Supplement to the account of plague administration in the Bombay Presidency from September 1896 till May 1897
Year: 1896
Disease focus: Plague
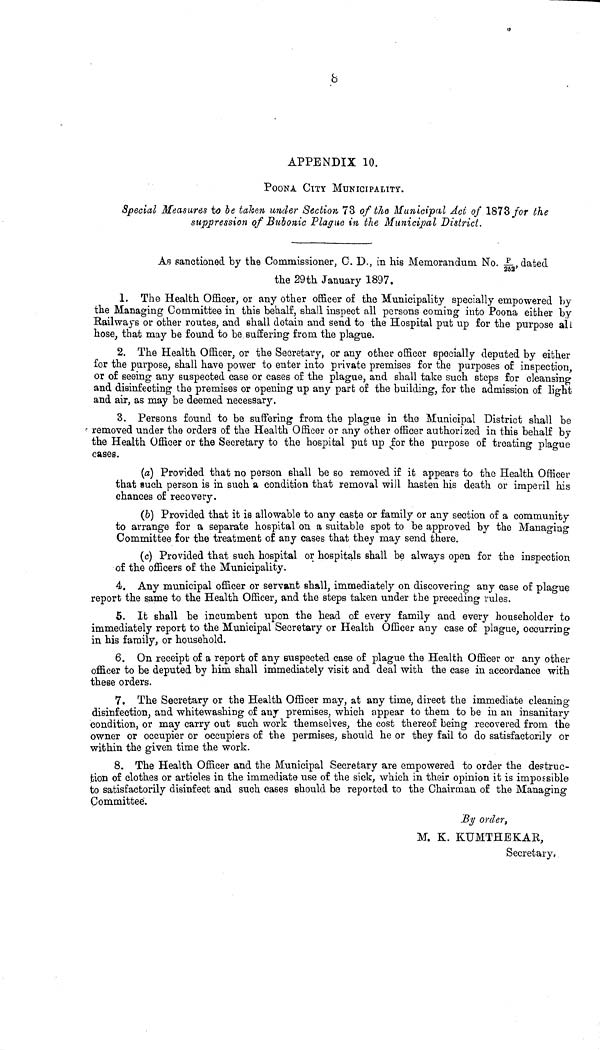
8
APPENDIX 10.
PUGNA CITY MUNICIPALITY.
Special Measures to be taken under Section 73 of the Municipal Act of 1878 for the
suppression of Bubonic Plague in the Municipal District.
AR sanctioned by the Commissioner, C. D., in his Memorandum No. P/252, dated
the 29th January 1897.
1. The Health Officer, or any other officer of the Municipality specially empowered by
the Managing Committee in this behalf, shall inspect all persons coming into Poona either by
Railways or other routes, and shall detain and send to the Hospital put up for the purpose all
hose, that may be found to be suffering from the plague.
2. The Health Officer, or the Secretary, or any other officer specially deputed by either
for the purpose, shall have power to enter into private premises for the purposes of inspection,
or of seeing any suspected case or cases of the plague, and shall take such steps for cleansing
and disinfecting the premises or opening up any part of the building, for the admission of light
and air, as may be deemed necessary.
3. Persons found to be suffering from the plague in the Municipal District shall be
removed under the orders of the Health Officer or any other officer authorized in this behalf by
the Health Officer or the Secretary to the hospital put up .for the purpose of treating plague
cases.
(a) Provided that no person shall be so removed if it appears to the Health Officer
that such person is in such a condition that removal will hasten his death or imperil his
chances of recovery.
(6) Provided that it is allowable to any caste or family or any section of a community
to arrange for a separate hospital on a suitable spot to be approved by the Managing
Committee for the treatment of any cases that they may send there.
(c) Provided that such hospital or hospitals shall be always open for the inspection
of the officers of the Municipality.
4. Any municipal officer or servant shall, immediately on discovering any case of plague
report the same to the Health Officer, and the steps taken under the preceding rules.
6. It shall be incumbent upon the head of every family and every householder to
immediately report to the Municipal Secretary or Health Officer any case of plague, occurring
in his family, or household.
6. On receipt of a report of any suspected case of plague the Health Officer or any other
officer to be deputed by him shall immediately visit and deal with the case in accordance with
these orders.
7. The Secretary or the Health Officer may, at any time, direct the immediate cleaning
disinfection, and whitewashing of any premises, which appear to them to be in an insanitary
condition, or may carry out such work themselves, the cost thereof being recovered from the
owner or occupier or occupiers of the permises, should he or they fail to do satisfactorily or
within the given time the work.
8. The Health Officer and the Municipal Secretary are empowered to order the destruc-
tion of clothes or articles in the immediate use of the sick, which in their opinion it is impossible
to satisfactorily disinfect and such cases should be reported to the Chairman of the Managing
Committee.
By order,
M. K. KUMTHEKAR,
Secretary.